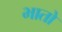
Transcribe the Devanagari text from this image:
भातो